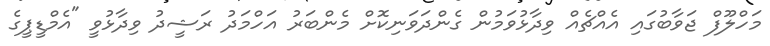
މަހްލޫފް ޖަވާބުގައި އެއްޗެއް ވިދާޅުވަމުން ގެންދަވަނިކޮށް މެންބަރު އަހްމަދު ރަޝީދު ވިދާޅުވީ "އެމްޑީޕީގެ